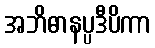
အဘိဓာနပ္ပဒီပိကာ